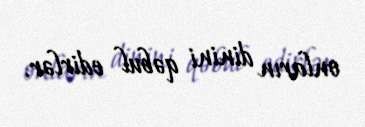
onların dinini qəbul edirlər.